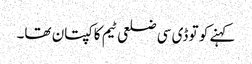
کہنے کو تو ڈی سی ضلعی ٹیم کا کپتان تھا۔